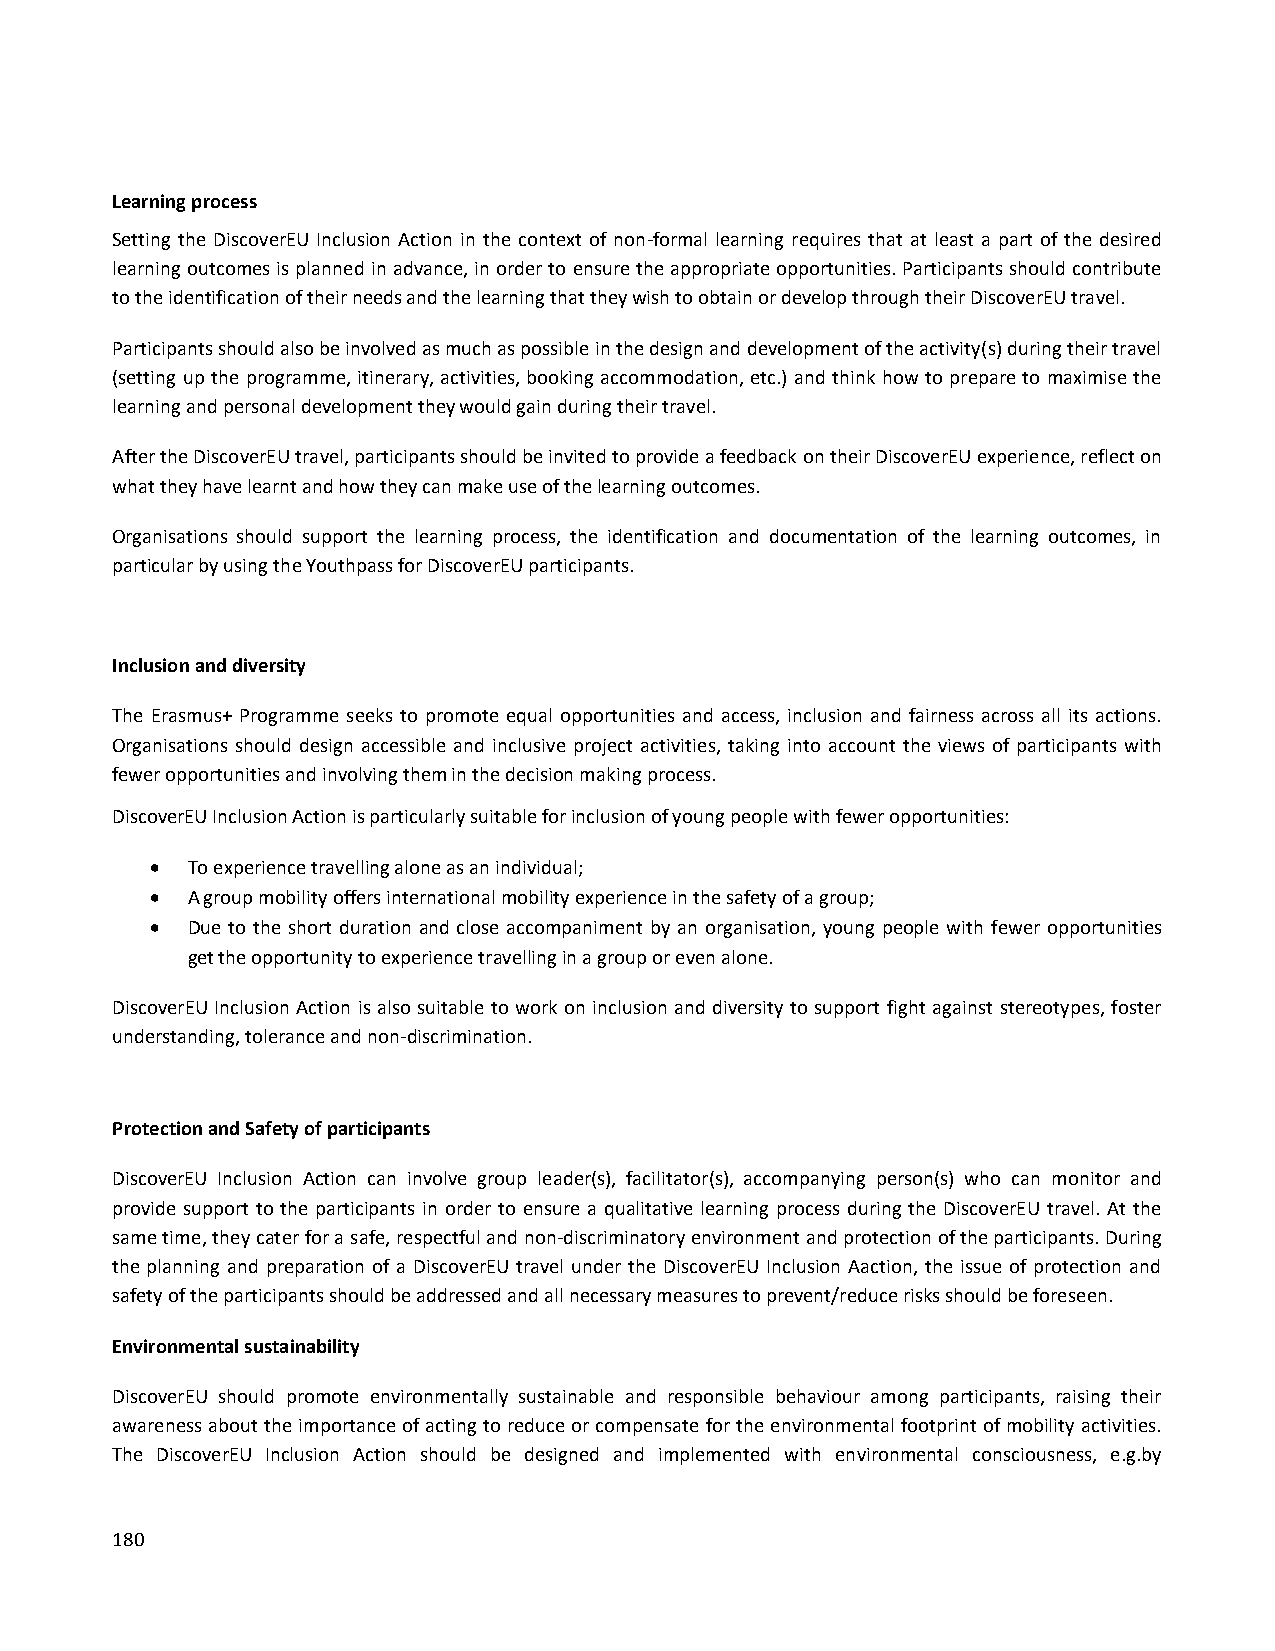
Learning process
 Setting the DiscoverEU Inclusion Action in the context of non-formal learning requires that at least a part of the desired
 learning outcomes is planned in advance, in order to ensure the appropriate opportunities. Participants should contribute
 to the identification of their needs and the learning that they wish to obtain or develop through their DiscoverEU travel.
 Participants should also be involved as much as possible in the design and development of the activity(s) during their travel
 (setting up the programme, itinerary, activities, booking accommodation, etc.) and think how to prepare to maximise the
 learning and personal development they would gain during their travel.
 After the DiscoverEU travel, participants should be invited to provide a feedback on their DiscoverEU experience, reflect on
 what they have learnt and how they can make use of the learning outcomes.
 Organisations should support the learning process, the identification and documentation of the learning outcomes, in
 particular by using the Youthpass for DiscoverEU participants.
 Inclusion and diversity
 The Erasmus+ Programme seeks to promote equal opportunities and access, inclusion and fairness across all its actions.
 Organisations should design accessible and inclusive project activities, taking into account the views of participants with
 fewer opportunities and involving them in the decision making process.
 DiscoverEU Inclusion Action is particularly suitable for inclusion of young people with fewer opportunities:
  To experience travelling alone as an individual;
  A group mobility offers international mobility experience in the safety of a group;
  Due to the short duration and close accompaniment by an organisation, young people with fewer opportunities
 get the opportunity to experience travelling in a group or even alone.
 DiscoverEU Inclusion Action is also suitable to work on inclusion and diversity to support fight against stereotypes, foster
 understanding, tolerance and non-discrimination.
 Protection and Safety of participants
 DiscoverEU Inclusion Action can involve group leader(s), facilitator(s), accompanying person(s) who can monitor and
 provide support to the participants in order to ensure a qualitative learning process during the DiscoverEU travel. At the
 same time, they cater for a safe, respectful and non-discriminatory environment and protection of the participants. During
 the planning and preparation of a DiscoverEU travel under the DiscoverEU Inclusion Aaction, the issue of protection and
 safety of the participants should be addressed and all necessary measures to prevent/reduce risks should be foreseen.
 Environmental sustainability
 DiscoverEU should promote environmentally sustainable and responsible behaviour among participants, raising their
 awareness about the importance of acting to reduce or compensate for the environmental footprint of mobility activities.
 The DiscoverEU Inclusion Action should be designed and implemented with environmental consciousness, e.g.by
 180